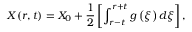
X ( r , t ) = X _ { 0 } + \frac { 1 } { 2 } \left[ \int _ { r - t } ^ { r + t } g \left( \xi \right) d \xi \right] ,